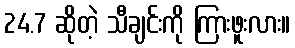
24.7 ဆိုတဲ့ သီချင်းကို ကြားဖူးလား။